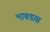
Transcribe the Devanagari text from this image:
भाबडय़ा